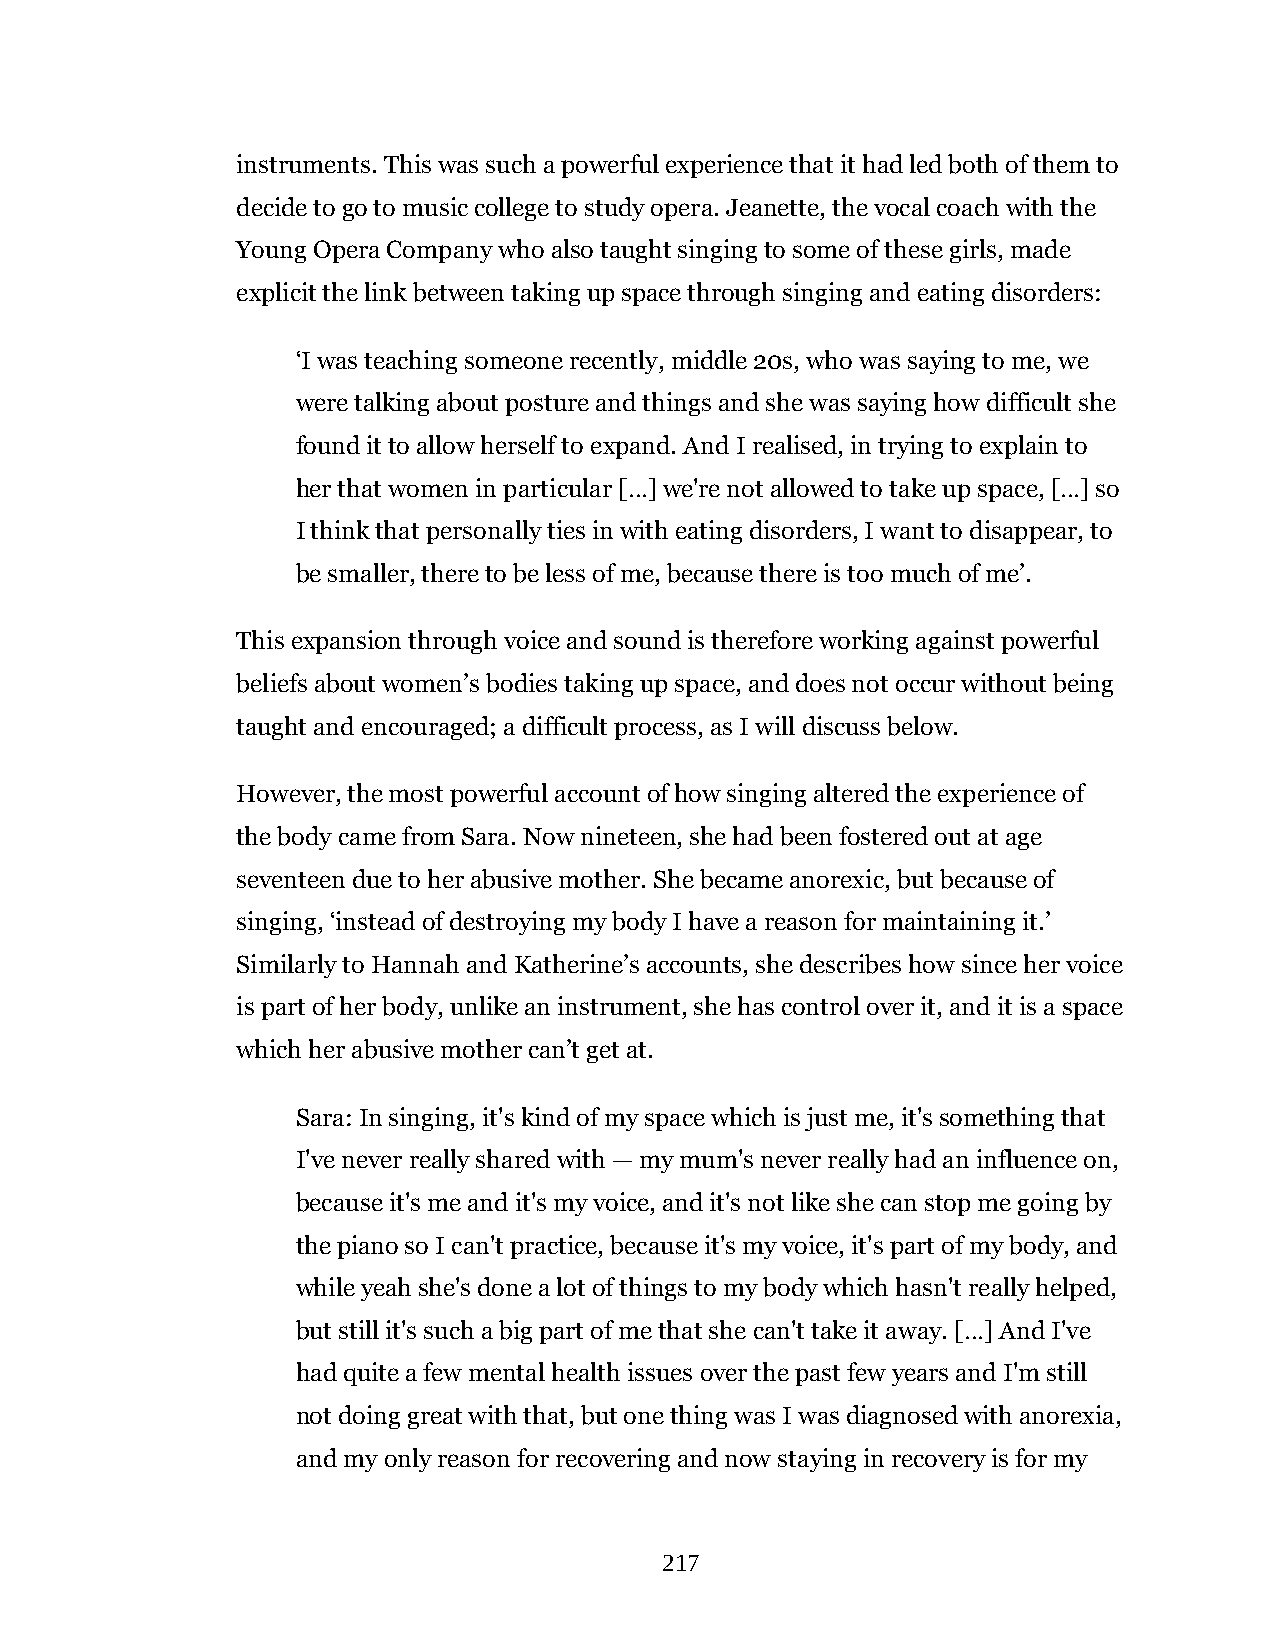
instruments. This was such a powerful experience that it had led both of them to
 decide to go to music college to study opera. Jeanette, the vocal coach with the
 Young Opera Company who also taught singing to some of these girls, made
 explicit the link between taking up space through singing and eating disorders:
 ‘I was teaching someone recently, middle 20s, who was saying to me, we
 were talking about posture and things and she was saying how difficult she
 found it to allow herself to expand. And I realised, in trying to explain to
 her that women in particular […] we're not allowed to take up space, […] so
 I think that personally ties in with eating disorders, I want to disappear, to
 be smaller, there to be less of me, because there is too much of me’.
 This expansion through voice and sound is therefore working against powerful
 beliefs about women’s bodies taking up space, and does not occur without being
 taught and encouraged; a difficult process, as I will discuss below.
 However, the most powerful account of how singing altered the experience of
 the body came from Sara. Now nineteen, she had been fostered out at age
 seventeen due to her abusive mother. She became anorexic, but because of
 singing, ‘instead of destroying my body I have a reason for maintaining it.’
 Similarly to Hannah and Katherine’s accounts, she describes how since her voice
 is part of her body, unlike an instrument, she has control over it, and it is a space
 which her abusive mother can’t get at.
 Sara: In singing, it's kind of my space which is just me, it's something that
 I've never really shared with — my mum's never really had an influence on,
 because it's me and it's my voice, and it's not like she can stop me going by
 the piano so I can't practice, because it's my voice, it's part of my body, and
 while yeah she's done a lot of things to my body which hasn't really helped,
 but still it's such a big part of me that she can't take it away. […] And I've
 had quite a few mental health issues over the past few years and I'm still
 not doing great with that, but one thing was I was diagnosed with anorexia,
 and my only reason for recovering and now staying in recovery is for my
 217